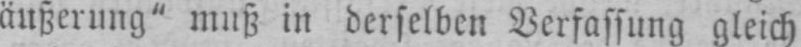
äußerung“ muß in derselben Verfassung gleich